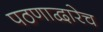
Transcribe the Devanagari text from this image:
पठणाद्वारेच